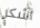
اشكر